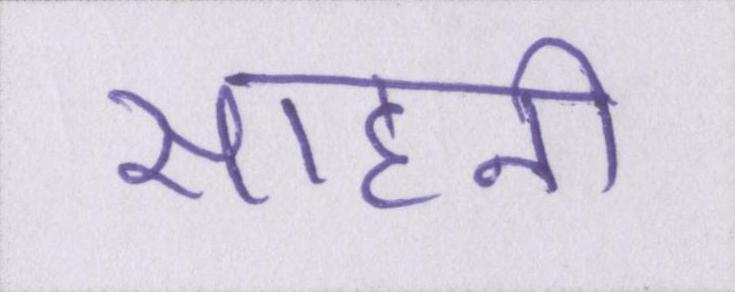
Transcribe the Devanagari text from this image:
साहनी